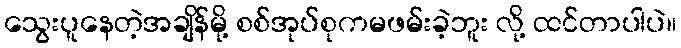
သွေးပူနေတဲ့အချိန်မို့ စစ်အုပ်စုကမဖမ်းခဲ့ဘူး လို့ ထင်တာပါပဲ။